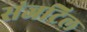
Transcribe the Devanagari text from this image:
संजटिल